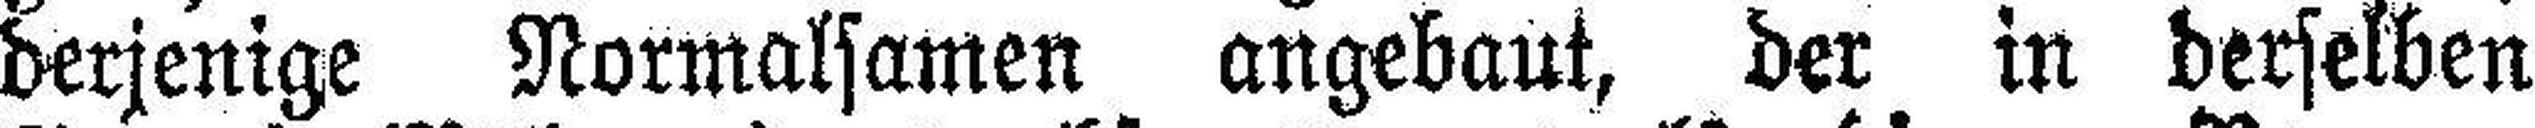
derjenige Normalsamen angebaut, der in derselben